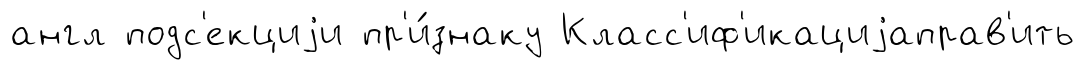
англ подс'екциjи пр'и́знаку Класс'иф'икациjаправ'ить